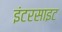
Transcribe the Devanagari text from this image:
इंटरसाइट